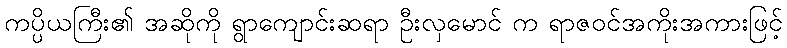
ကပ္ပိယကြီး၏ အဆိုကို ရွာကျောင်းဆရာ ဦးလှမောင် က ရာဇဝင်အကိုးအကားဖြင့်